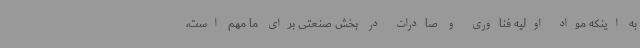
به اینکه مواد اولیه فناوری و صادرات در بخش صنعتی برای ما مهم است،